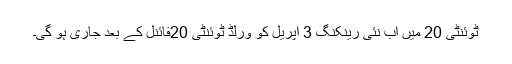
ٹوئنٹی 20 میں اب نئی رینکنگ 3 اپریل کو ورلڈ ٹوئنٹی 20فائنل کے بعد جاری ہو گی۔